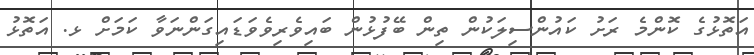
އަތޮޅުގެ ކޮންމެ ރަށު ކައުންސިލަކުން ތިން ބޭފުޅުން ބައިވެރިވެވަޑައިގަންނަވާ ކަމަށް ޅ. އަތޮޅު